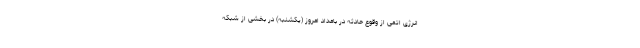
انرژی اتمی از وقوع حادثه‌ در بامداد امروز (یکشنبه) در بخشی از شبکه